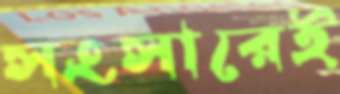
সংসারেই